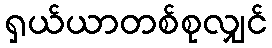
ရှယ်ယာတစ်စုလျှင်